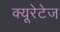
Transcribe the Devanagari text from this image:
क्यूरेटेज